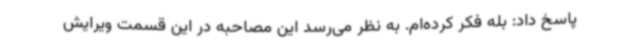
پاسخ داد: بله فکر کرده‌ام. به نظر می‌رسد این مصاحبه در این قسمت ویرایش